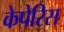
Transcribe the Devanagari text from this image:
केपेरिस